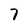
Character: 7